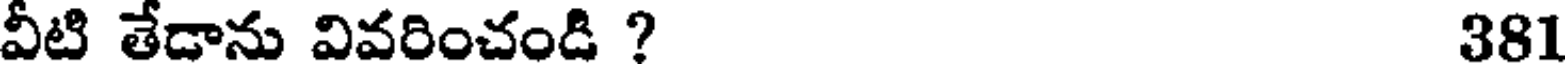
వీటి తేడాను వివరించండి ? 381